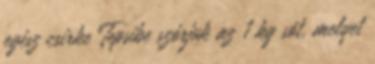
egész csirke Tepsibe szórjuk az 1 kg sót, melyet